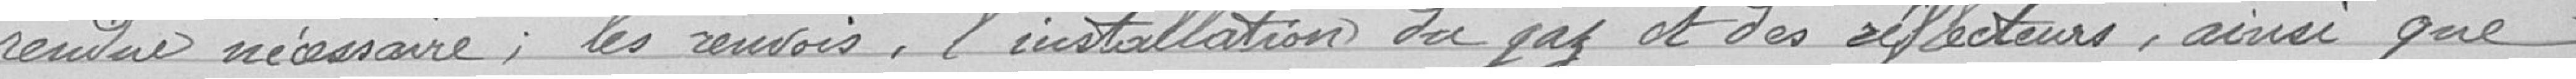
rendue nécessaire ; les renvois, l'installation du gaz et des réflecteurs, ainsi que